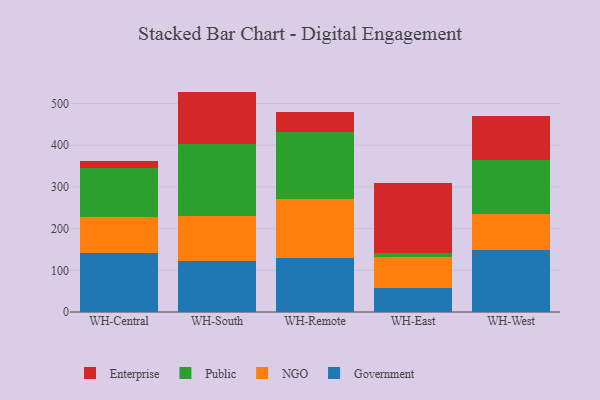
{"axis": {"x": "Warehouse", "y": "Net Income (USD K)"}, "legend": ["Enterprise", "Government", "NGO", "Public"], "data": [{"x": "WH-Central", "y": 142.3, "type": "Government"}, {"x": "WH-Central", "y": 85.9, "type": "NGO"}, {"x": "WH-Central", "y": 117.3, "type": "Public"}, {"x": "WH-Central", "y": 17.3, "type": "Enterprise"}, {"x": "WH-South", "y": 122.9, "type": "Government"}, {"x": "WH-South", "y": 106.3, "type": "NGO"}, {"x": "WH-South", "y": 174.8, "type": "Public"}, {"x": "WH-South", "y": 124.5, "type": "Enterprise"}, {"x": "WH-Remote", "y": 129.1, "type": "Government"}, {"x": "WH-Remote", "y": 142.3, "type": "NGO"}, {"x": "WH-Remote", "y": 160.3, "type": "Public"}, {"x": "WH-Remote", "y": 48.0, "type": "Enterprise"}, {"x": "WH-East", "y": 57.8, "type": "Government"}, {"x": "WH-East", "y": 73.3, "type": "NGO"}, {"x": "WH-East", "y": 9.9, "type": "Public"}, {"x": "WH-East", "y": 168.7, "type": "Enterprise"}, {"x": "WH-West", "y": 149.2, "type": "Government"}, {"x": "WH-West", "y": 84.9, "type": "NGO"}, {"x": "WH-West", "y": 129.4, "type": "Public"}, {"x": "WH-West", "y": 107.2, "type": "Enterprise"}]}